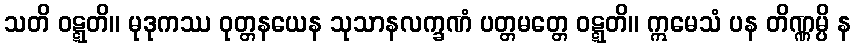
သတိ ဝဋ္ဋတိ။ မုဒုကဿ ဝုတ္တနယေန သုသာနလက္ခဏံ ပတ္တမတ္တေ ဝဋ္ဋတိ။ ဣမေသံ ပန တိဏ္ဏမ္ပိ န